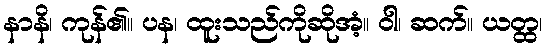
နာနိ၊ ကုန်၏။ ပန၊ ထူးသည်ကိုဆိုအံ့။ ဝါ၊ ဆက်။ ယတ္ထ၊